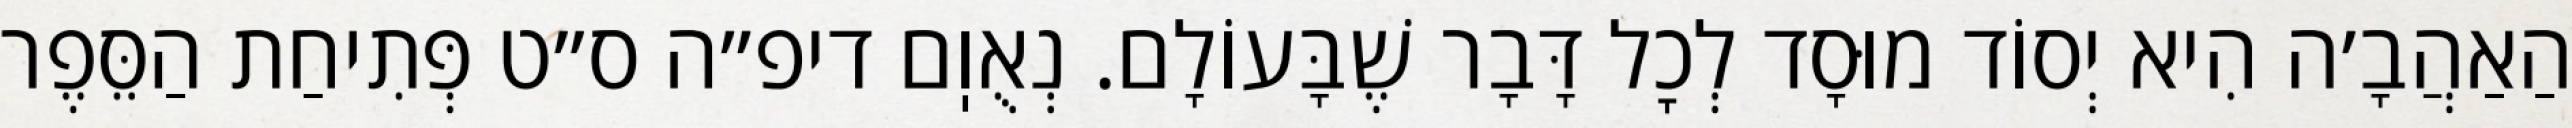
הַאַהֲבָ׳ה הִיא יְסוֹד מוּסָד לְכׇל דָּבָר שֶׁבָּעוֹלָם. נְאֻוֽם דיפ״ה ס״ט פְּתִיחַת הַסֵּפֶר